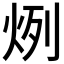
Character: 𤈘